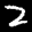
Label: 2